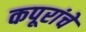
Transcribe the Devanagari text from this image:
कपूरांचे